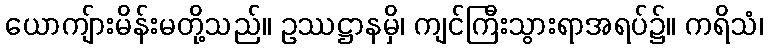
ယောကျ်ားမိန်းမတို့သည်။ ဥဿဋ္ဌာနမှိ၊ ကျင်ကြီးသွားရာအရပ်၌။ ကရိသံ၊